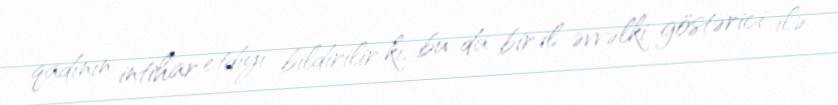
qadının intihar etdiyi bildirilir ki, bu da bir il əvvəlki göstərici ilə